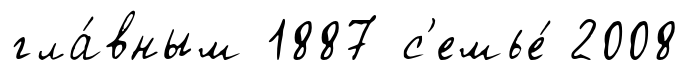
гла́вным 1887 с'емье́ 2008